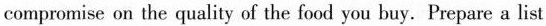
compromise on the quality of the food you buy. Prepare a list